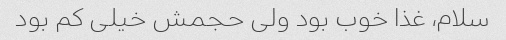
سلام، غذا خوب بود ولی حجمش خیلی کم بود